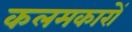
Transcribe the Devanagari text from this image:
कलमकारों